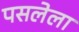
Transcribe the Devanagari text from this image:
पसलेला